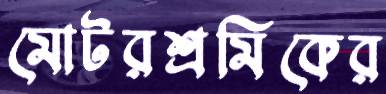
মোটরশ্রমিকের